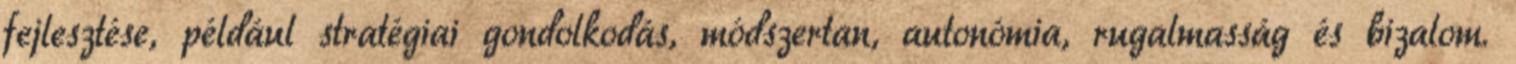
fejlesztése, például stratégiai gondolkodás, módszertan, autonómia, rugalmasság és bizalom.